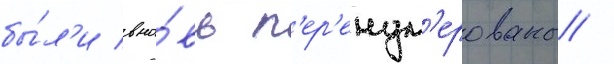
бы́л'и вно́вь п'ер'енум'ерованы /